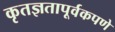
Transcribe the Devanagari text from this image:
कृतज्ञतापूर्वकपणे